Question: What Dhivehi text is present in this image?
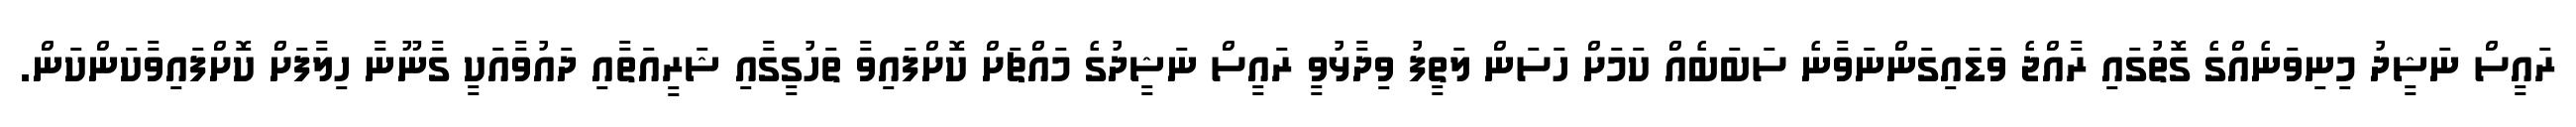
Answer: ރައީސް ނަޝީދު މިނިވަނެއްގެ ގޮތުގައި ރާއްޖެ ވަޑައިގަންނަވާނެ ސަބަބެއް ކަމަށް ހަސަން ލަތީފު ވިދާޅުވީ ރައީސް ނަޝީދުގެ މައްޗަށް ކޮށްފައިވާ ތަހުގީގާއި ޝަރީއަތާއި ދައުވާއަކީ ގާނޫނާ ހިލާފަށް ކޮށްފައިވާކަންކަން.